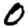
Digit: 0